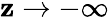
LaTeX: \mathbf{z}\rightarrow-\infty